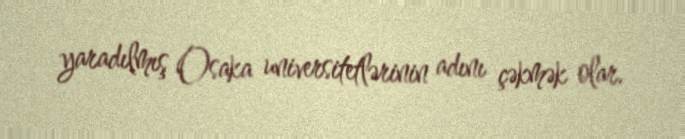
yaradılmış Osaka universitetlərinin adını çəkmək olar.